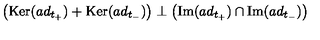
\left( \mathrm { K e r } ( a d _ { t _ { + } } ) + \mathrm { K e r } ( a d _ { t _ { - } } ) \right) \perp \left( \mathrm { I m } ( a d _ { t _ { + } } ) \cap \mathrm { I m } ( a d _ { t _ { - } } ) \right)